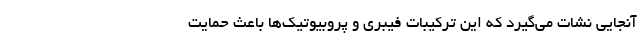
آنجایی نشات می‌گیرد که این ترکیبات فیبری و پروبیوتیک‌ها باعث حمایت